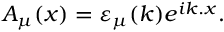
A _ { \mu } ( x ) = \varepsilon _ { \mu } ( k ) e ^ { i k . x } .